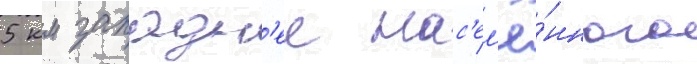
5 км западн'ее нас'ел'ё́нного